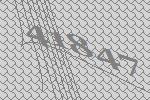
41847